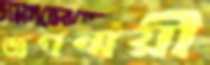
জগন্ময়ী